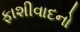
ફાશીવાદનો